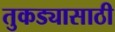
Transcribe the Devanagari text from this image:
तुकड्यासाठी